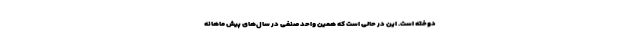
دوخته است. این در حالی است که همین واحد صنفی در سال‌های پیش ماهانه